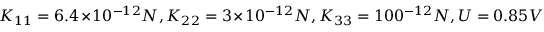
K _ { 1 1 } = 6 . 4 \times 1 0 ^ { - 1 2 } N , K _ { 2 2 } = 3 \times 1 0 ^ { - 1 2 } N , K _ { 3 3 } = 1 0 \time 1 0 ^ { - 1 2 } N , U = 0 . 8 5 V